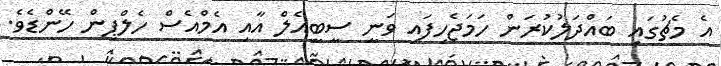
އެ މެޗުގައި ބައްދަލުކުރަން ހަމަޖެހިފައި ވަނީ ސީބީއެލް އާއި އެމްއެސް ހެލްޕިން ހޭންޑެވެ.